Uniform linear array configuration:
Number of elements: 8
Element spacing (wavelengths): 0.5
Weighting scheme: exponential
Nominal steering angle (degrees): -15
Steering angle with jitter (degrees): -16.485
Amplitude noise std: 0.05
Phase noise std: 0.05

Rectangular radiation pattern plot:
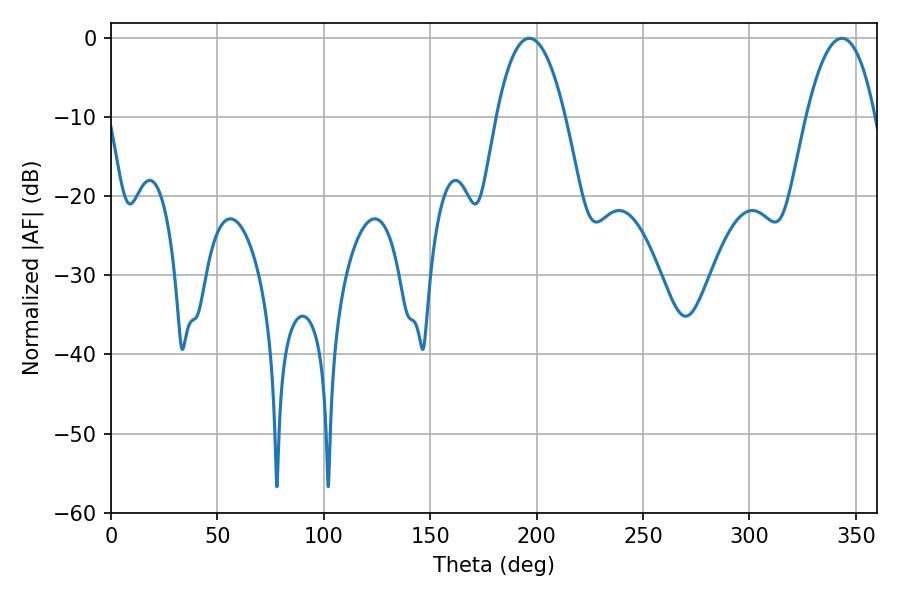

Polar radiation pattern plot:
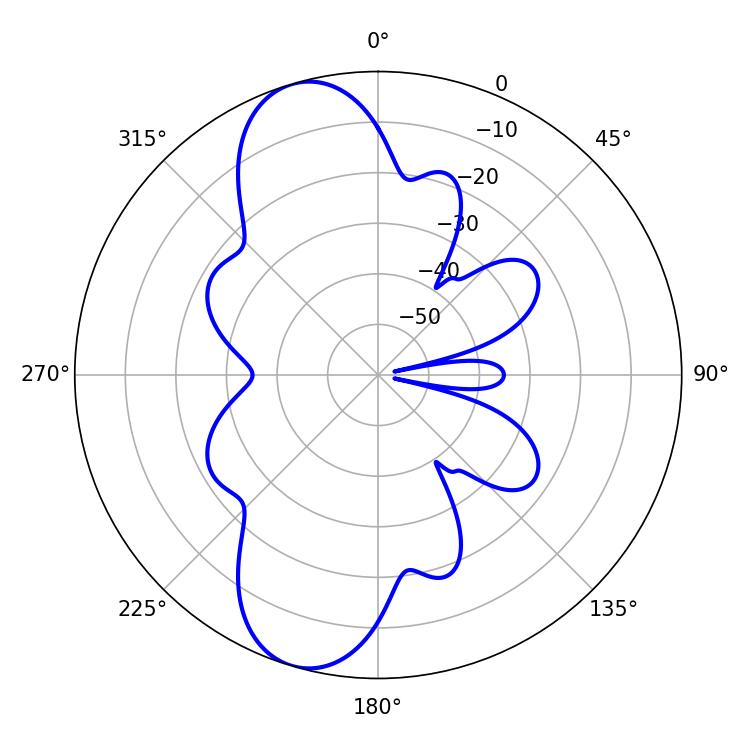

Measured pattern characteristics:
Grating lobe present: FALSE
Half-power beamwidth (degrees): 18
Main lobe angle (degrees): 196.56